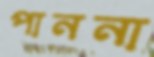
পাননা